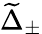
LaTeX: \widetilde{\Delta}_{\pm}